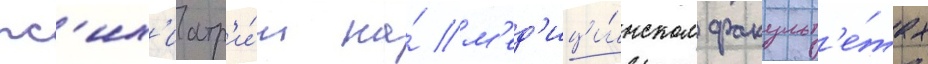
пс'их'иатр'и́и на́ м'ед'ици́нском факульт'е́тах